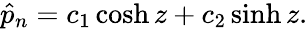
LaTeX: \hat{p}_{n}=c_{1}\cosh{z}+c_{2}\sinh{z}.